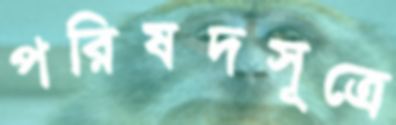
পরিষদসূত্রে